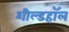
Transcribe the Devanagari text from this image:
शील्डहॉल